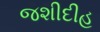
જશીદીહ